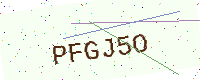
Text: PFGJ5O